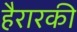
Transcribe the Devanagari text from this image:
हैरारकी